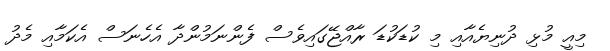
މިއީ މުޅި ދުނިޔެއާއި މި ކުޑަކުޑަ ރާއްޖޭގައިވެސް ފެންނަމުންދާ އެހެނަސް އެކަމާއި މެދު